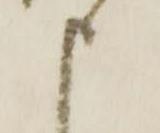
申